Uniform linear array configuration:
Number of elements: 16
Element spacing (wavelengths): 0.5
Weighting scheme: hamming
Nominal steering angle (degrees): -45
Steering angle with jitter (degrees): -45.397
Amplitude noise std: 0.05
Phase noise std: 0.05

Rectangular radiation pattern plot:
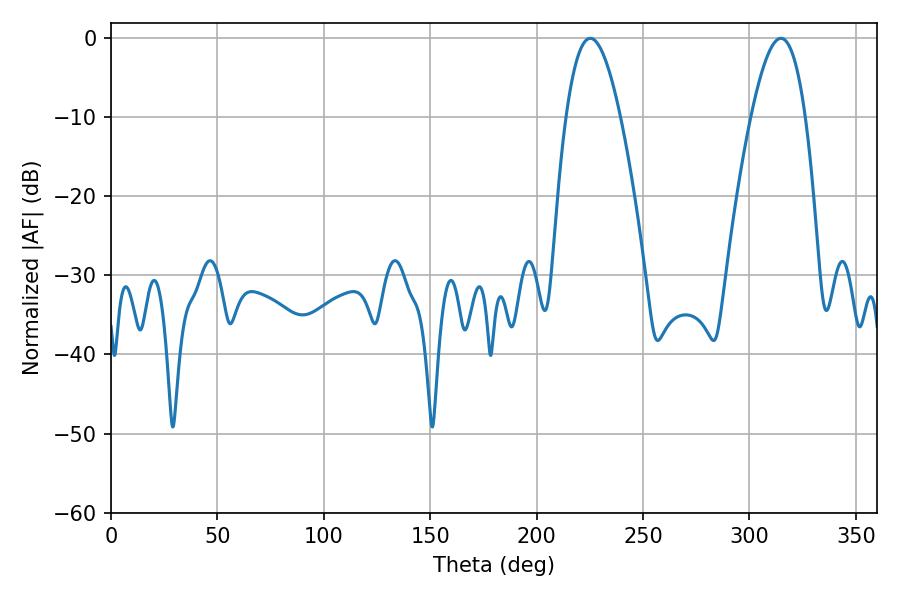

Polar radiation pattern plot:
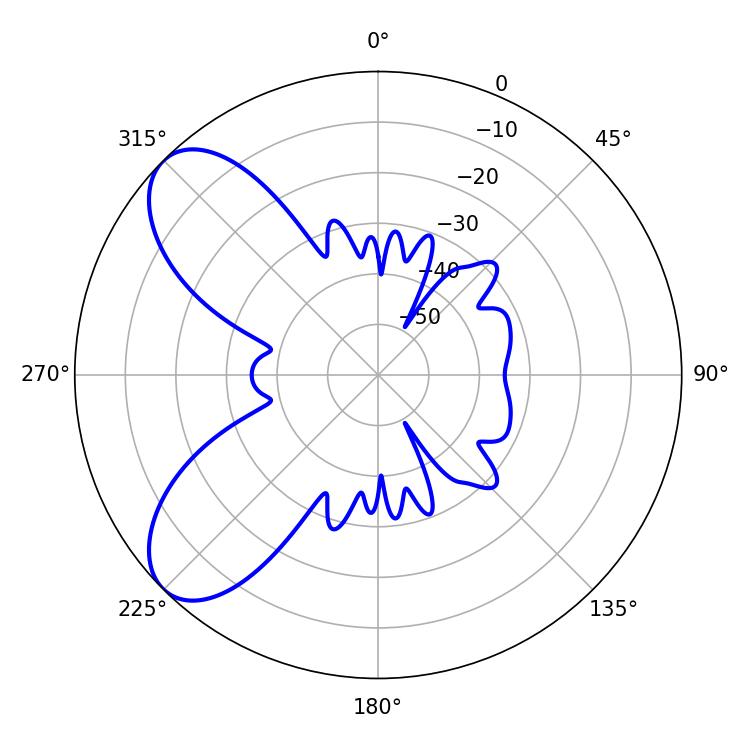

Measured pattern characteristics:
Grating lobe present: FALSE
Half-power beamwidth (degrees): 13.86
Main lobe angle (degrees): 225.18